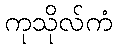
ကုသိုလ်ကံ